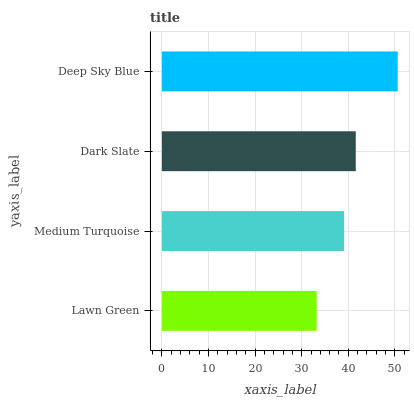
| yaxis_label | bars |
 | --- | --- |
 | Lawn Green | 33.2 |
 | Medium Turquoise | 39.1 |
 | Dark Slate | 41.6 |
 | Deep Sky Blue | 50.6 |